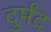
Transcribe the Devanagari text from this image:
दुर्मंद